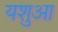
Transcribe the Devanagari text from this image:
यशुआ